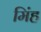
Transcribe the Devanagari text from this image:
मिंह